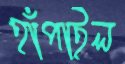
হাঁপাইল